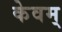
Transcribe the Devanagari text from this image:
केवम्